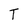
Character: T